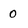
Character: 0